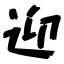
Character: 迎